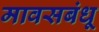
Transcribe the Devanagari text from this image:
मावसबंधू